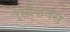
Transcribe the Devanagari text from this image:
सिजियस